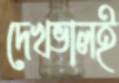
দেখভালই